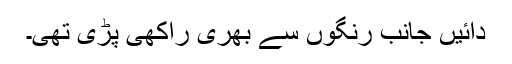
دائیں جانب رنگوں سے بھری راکھی پڑی تھی۔